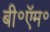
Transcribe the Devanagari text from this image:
बी॰ऍम॰